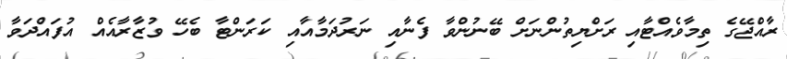
ރާއްޖޭގެ ތިމާވެއްޓާއި ރަށްޔިތުންނަށް ބޭނުންވާ ފެނާއި ނަރުދަމާއާއި ކަރަންޓާ ބެހޭ ވުޒާރާއެއް އުފައްދަވާ